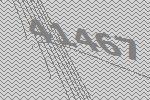
41467